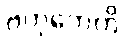
ဗဟုကေဟိ